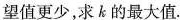
望值更少，求k的最大值。